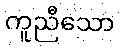
ကူညီသော